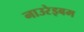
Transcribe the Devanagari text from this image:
नाउरेइबम